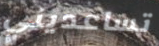
تساعديني